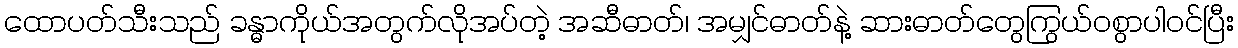
ထောပတ်သီးသည် ခန္ဓာကိုယ်အတွက်လိုအပ်တဲ့ အဆီဓာတ်၊ အမျှင်ဓာတ်နဲ့ ဆားဓာတ်တွေကြွယ်ဝစွာပါဝင်ပြီး